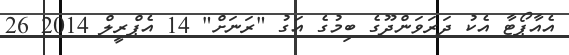
އެއާޕޯޓާ އެކު ދަރަވަންދޫގެ ބިމުގެ އަގު "ރަނަށް" 14 އެޕްރީލް 2014 26